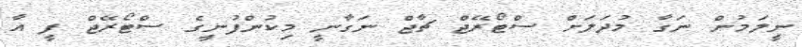
ނީލަމުން ނަގާ މުދަލަށް ސްޓޯރޭޖް ޗާޖް ނަގާނީ މިކުންފުނީގެ ސްޓޯރޭޖް ފީ އާ